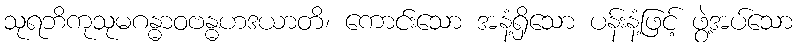
သုရဘိကုသုမဂန္ဓာဝဗန္ဓဟဒယာတိ၊ ကောင်းသော အနံ့ရှိသော ပန်းနံ့ဖြင့် ဖွဲ့အပ်သော